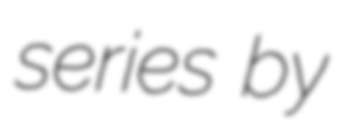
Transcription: series by